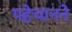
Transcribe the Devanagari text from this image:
पहेचानने